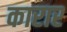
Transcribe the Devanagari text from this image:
कारार